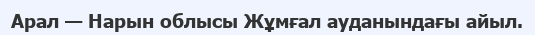
Арал — Нарын облысы Жұмғал ауданындағы айыл.